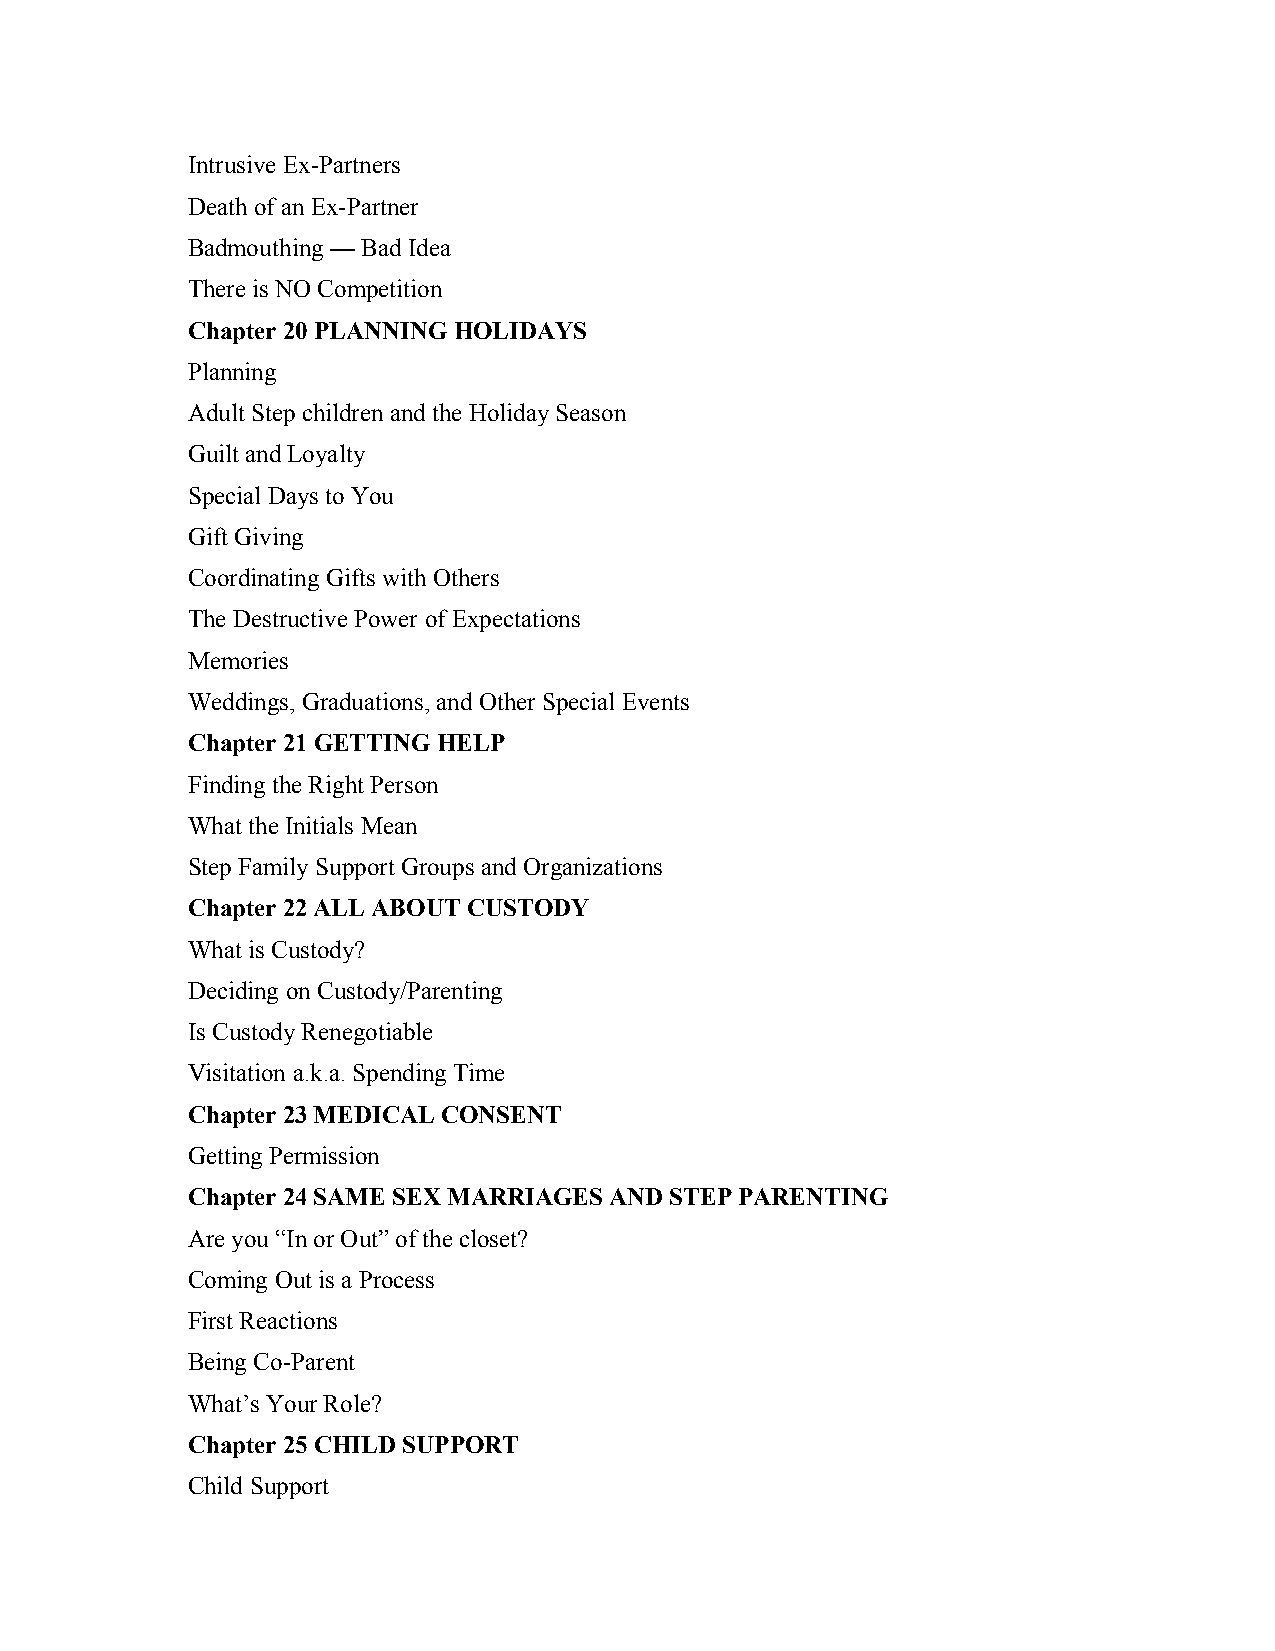
Intrusive Ex-Partners
 Death of an Ex-Partner
 Badmouthing — Bad Idea
 There is NO Competition
 Chapter 20 PLANNING HOLIDAYS
 Planning
 Adult Step children and the Holiday Season
 Guilt and Loyalty
 Special Days to You
 Gift Giving
 Coordinating Gifts with Others
 The Destructive Power of Expectations
 Memories
 Weddings, Graduations, and Other Special Events
 Chapter 21 GETTING HELP
 Finding the Right Person
 What the Initials Mean
 Step Family Support Groups and Organizations
 Chapter 22 ALL ABOUT CUSTODY
 What is Custody?
 Deciding on Custody/Parenting
 Is Custody Renegotiable
 Visitation a.k.a. Spending Time
 Chapter 23 MEDICAL CONSENT
 Getting Permission
 Chapter 24 SAME SEX MARRIAGES AND STEP PARENTING
 Are you “In or Out” of the closet?
 Coming Out is a Process
 First Reactions
 Being Co-Parent
 What’s Your Role?
 Chapter 25 CHILD SUPPORT
 Child Support